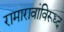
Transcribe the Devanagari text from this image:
रामारावांविरूध्द